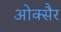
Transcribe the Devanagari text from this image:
ओक्सैर